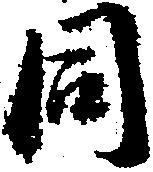
同